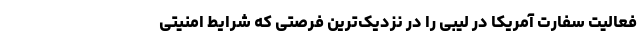
فعالیت سفارت آمریکا در لیبی را در نزدیک‌ترین فرصتی که شرایط امنیتی